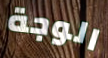
الوجة